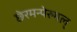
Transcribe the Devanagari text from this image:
छेरमन्पेरुमल्